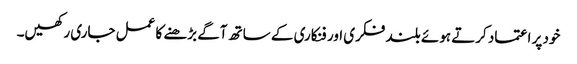
خود پر اعتماد کرتے ہوئے بلند فکری اور فنکاری کے ساتھ آگے بڑھنے کا عمل جاری رکھیں۔